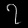
Digit: ၇